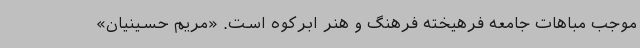
موجب مباهات جامعه فرهیخته فرهنگ و هنر ابرکوه است. «مریم حسینیان»